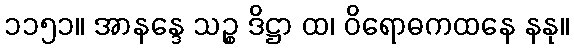
၁၁၅၁။ အာနန္ဒေ သဉ္စ ဒိဋ္ဌာ ထ၊ ဝိရောဓကထနေ နနု။